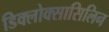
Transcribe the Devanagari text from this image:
डिक्लोक्सासिलिन